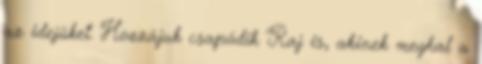
az idejüket. Hozzájuk csapódik Raj is, akinek meghal a